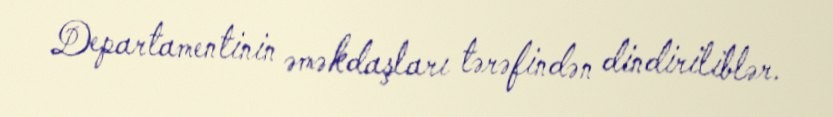
Departamentinin əməkdaşları tərəfindən dindiriliblər.